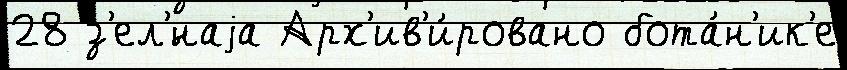
28 з'ел'́наjа Арх'ив'и́ровано бота́н'ик'е